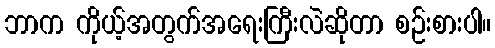
ဘာက ကိုယ့်အတွက်အရေးကြီးလဲဆိုတာ စဉ်းစားပါ။